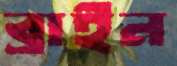
ব্রাইন